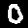
Digit: 0